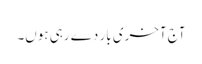
آج آخری بار دے رہی ہوں۔